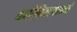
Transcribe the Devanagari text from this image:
बालेकिल्ल्यामध्ये